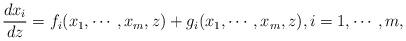
LaTeX: \begin{align*}\frac{dx_i}{dz} = f_i(x_1 , \cdots ,x_m,z) + g_i(x_1 , \cdots ,x_m,z), i=1, \cdots ,m,\end{align*}